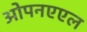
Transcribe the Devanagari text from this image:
ओपनएएल